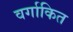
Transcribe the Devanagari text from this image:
वर्गाकित